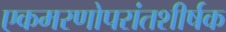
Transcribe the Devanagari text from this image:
एकमरणोपरांतशीर्षक